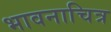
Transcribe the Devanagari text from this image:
भावनाचित्र